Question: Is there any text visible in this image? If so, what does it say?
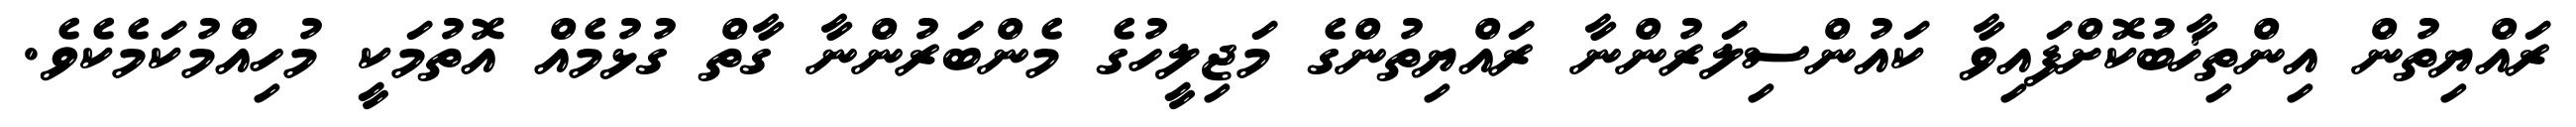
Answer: ރައްޔިތުން އިންތިޚާބުކޮށްފައިވާ ކައުންސިލަރުންނާ ރައްޔިތުންގެ މަޖިލީހުގެ މެންބަރުންނާ ގާތް ގުޅުމެއް އޮތުމަކީ މުހިއްމުކަމެކެވެ.